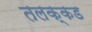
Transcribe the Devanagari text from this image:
तलक्कड